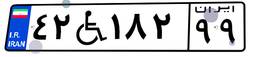
۴۲W۱۸۲۹۹